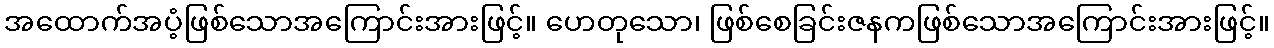
အထောက်အပံ့ဖြစ်သောအကြောင်းအားဖြင့်။ ဟေတုသော၊ ဖြစ်စေခြင်းဇနကဖြစ်သောအကြောင်းအားဖြင့်။